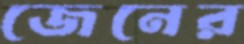
জেনের